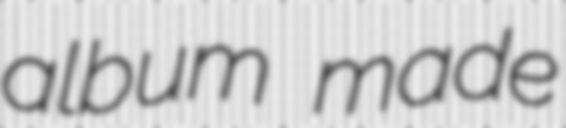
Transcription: album made